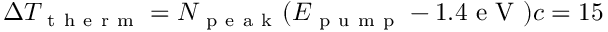
\Delta T _ { \mathrm { ~ t ~ h ~ e ~ r ~ m ~ } } = N _ { \mathrm { ~ p ~ e ~ a ~ k ~ } } ( E _ { \mathrm { ~ p ~ u ~ m ~ p ~ } } - 1 . 4 \mathrm { ~ e ~ V ~ } ) c = 1 5